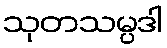
သုတသမ္ပဒါ